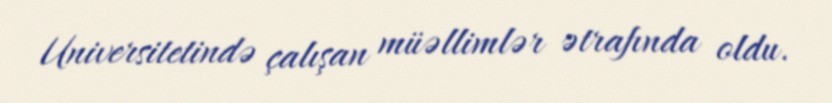
Universitetində çalışan müəllimlər ətrafında oldu.